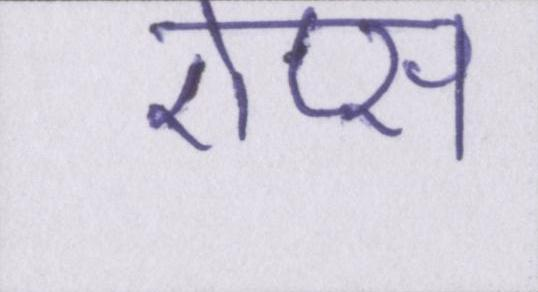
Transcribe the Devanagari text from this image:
ऐप्स